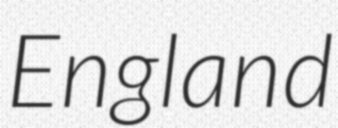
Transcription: England